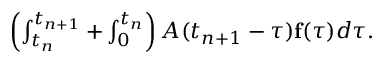
\begin{array} { r } { \left( \int _ { t _ { n } } ^ { t _ { n + 1 } } + \int _ { 0 } ^ { t _ { n } } \right) A ( t _ { n + 1 } - \tau ) { \bf f } ( \tau ) d \tau . } \end{array}